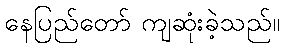
နေပြည်တော် ကျဆုံးခဲ့သည်။